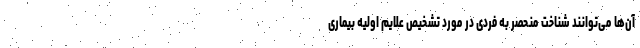
آن‌ها می‌توانند شناخت منحصر به فردی در مورد تشخیص علایم اولیه بیماری